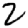
Digit: 2